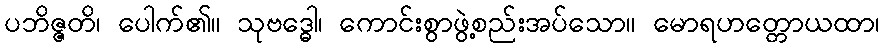
ပဘိဇ္ဇတိ၊ ပေါက်၏။ သုဗဒ္ဓေါ၊ ကောင်းစွာဖွဲ့စည်းအပ်သော။ မောရဟတ္တောယထာ၊